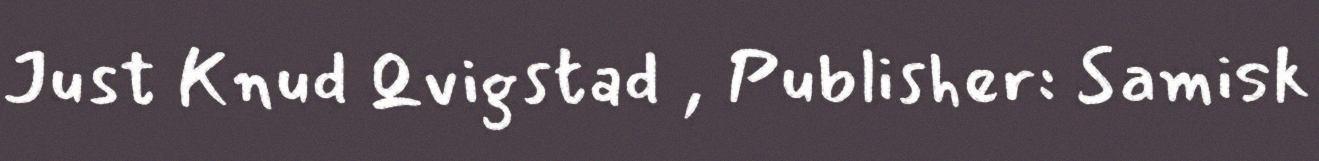
Just Knud Qvigstad , Publisher: Samisk